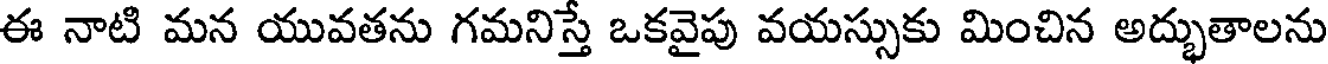
ఈ నాటి మన యువతను గమనిస్త ఒకవైపు వయస్సుకు మించిన అద్భుతాలను